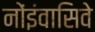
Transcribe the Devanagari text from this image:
नोंइंवासिवे